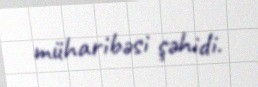
müharibəsi şəhidi.